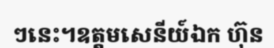
ៗនេះ។ឧត្តមសេនីយ៍ឯក ហ៊ុន